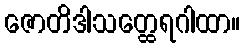
ဇောတိဒါသတ္ထေရဂါထာ။